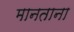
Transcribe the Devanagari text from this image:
मानताना